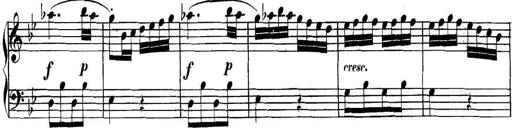
Title: Collected Piano Sonatas
Composer: Muzio Clementi